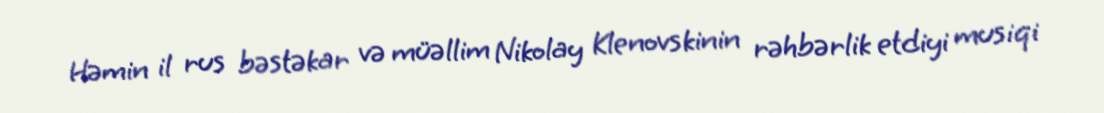
Həmin il rus bəstəkar və müəllim Nikolay Klenovskinin rəhbərlik etdiyi musiqi